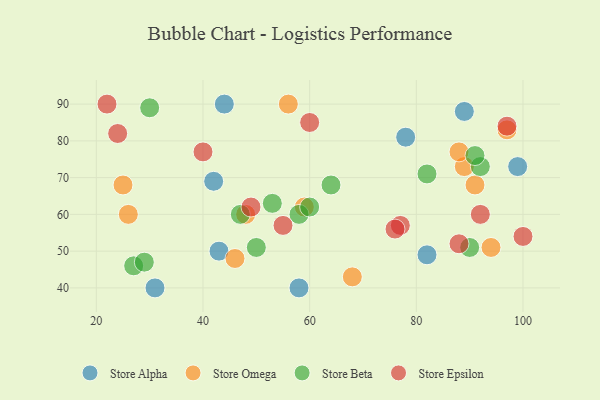
{"axis": {"x": "GDP", "y": "Life Expectancy"}, "legend": ["Store Alpha", "Store Beta", "Store Epsilon", "Store Omega"], "data": [{"x": "42", "y": 69, "type": "Store Alpha"}, {"x": "99", "y": 73, "type": "Store Alpha"}, {"x": "89", "y": 88, "type": "Store Alpha"}, {"x": "31", "y": 40, "type": "Store Alpha"}, {"x": "44", "y": 90, "type": "Store Alpha"}, {"x": "43", "y": 50, "type": "Store Alpha"}, {"x": "58", "y": 40, "type": "Store Alpha"}, {"x": "78", "y": 81, "type": "Store Alpha"}, {"x": "82", "y": 49, "type": "Store Alpha"}, {"x": "68", "y": 43, "type": "Store Omega"}, {"x": "89", "y": 73, "type": "Store Omega"}, {"x": "48", "y": 60, "type": "Store Omega"}, {"x": "91", "y": 68, "type": "Store Omega"}, {"x": "94", "y": 51, "type": "Store Omega"}, {"x": "26", "y": 60, "type": "Store Omega"}, {"x": "46", "y": 48, "type": "Store Omega"}, {"x": "59", "y": 62, "type": "Store Omega"}, {"x": "88", "y": 77, "type": "Store Omega"}, {"x": "97", "y": 83, "type": "Store Omega"}, {"x": "56", "y": 90, "type": "Store Omega"}, {"x": "25", "y": 68, "type": "Store Omega"}, {"x": "92", "y": 73, "type": "Store Beta"}, {"x": "58", "y": 60, "type": "Store Beta"}, {"x": "82", "y": 71, "type": "Store Beta"}, {"x": "27", "y": 46, "type": "Store Beta"}, {"x": "29", "y": 47, "type": "Store Beta"}, {"x": "60", "y": 62, "type": "Store Beta"}, {"x": "91", "y": 76, "type": "Store Beta"}, {"x": "47", "y": 60, "type": "Store Beta"}, {"x": "30", "y": 89, "type": "Store Beta"}, {"x": "64", "y": 68, "type": "Store Beta"}, {"x": "50", "y": 51, "type": "Store Beta"}, {"x": "90", "y": 51, "type": "Store Beta"}, {"x": "53", "y": 63, "type": "Store Beta"}, {"x": "77", "y": 57, "type": "Store Epsilon"}, {"x": "49", "y": 62, "type": "Store Epsilon"}, {"x": "40", "y": 77, "type": "Store Epsilon"}, {"x": "24", "y": 82, "type": "Store Epsilon"}, {"x": "88", "y": 52, "type": "Store Epsilon"}, {"x": "60", "y": 85, "type": "Store Epsilon"}, {"x": "97", "y": 84, "type": "Store Epsilon"}, {"x": "55", "y": 57, "type": "Store Epsilon"}, {"x": "76", "y": 56, "type": "Store Epsilon"}, {"x": "92", "y": 60, "type": "Store Epsilon"}, {"x": "22", "y": 90, "type": "Store Epsilon"}, {"x": "100", "y": 54, "type": "Store Epsilon"}]}